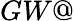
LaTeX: GW@